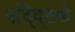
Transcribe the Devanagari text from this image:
पद्द्तिणे